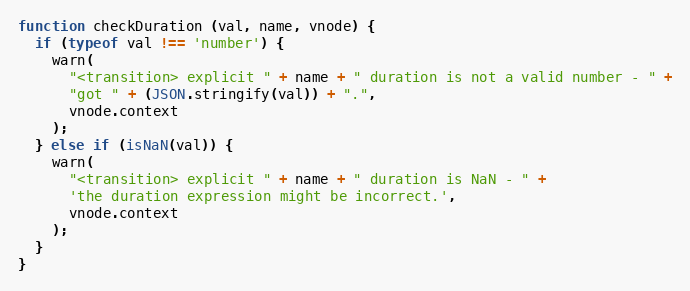
Language: JavaScript
function checkDuration (val, name, vnode) {
  if (typeof val !== 'number') {
    warn(
      "<transition> explicit " + name + " duration is not a valid number - " +
      "got " + (JSON.stringify(val)) + ".",
      vnode.context
    );
  } else if (isNaN(val)) {
    warn(
      "<transition> explicit " + name + " duration is NaN - " +
      'the duration expression might be incorrect.',
      vnode.context
    );
  }
}